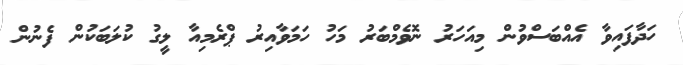
ހަދާފައިވާ އެއްބަސްވުން މިއަހަރު ނޮވެމްބަރު މަހު ހަމަވާއިރު ޕްރެމިއާ ލީގު ކުލަބަކުން ފެނުން